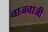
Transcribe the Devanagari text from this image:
बाजबाजी